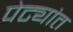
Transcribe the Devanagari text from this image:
पेट्यांत